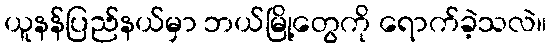
ယူနန်ပြည်နယ်မှာ ဘယ်မြို့တွေကို ရောက်ခဲ့သလဲ။